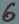
Text: 6